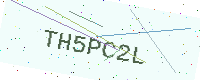
Text: TH5PC2L